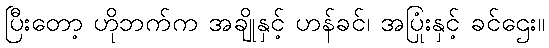
ပြီးတော့ ဟိုဘက်က အချိုနှင့် ဟန်ခင်၊ အပြုံးနှင့် ခင်ဌေး။